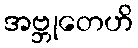
အဗ္ဘုတေဟိ